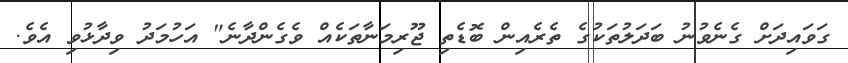
ގަވައިދަށް ގެނެވުނު ބަދަލުތަކުގެ ތެރެއިން ބޮޑެތި ޖޫރިމަނާތަކެއް ވެގެންދާނެ" އަހުމަދު ވިދާޅުވި އެވެ.